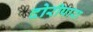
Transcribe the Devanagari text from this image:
दोरीपारा